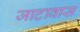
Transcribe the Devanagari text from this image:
जाटावास